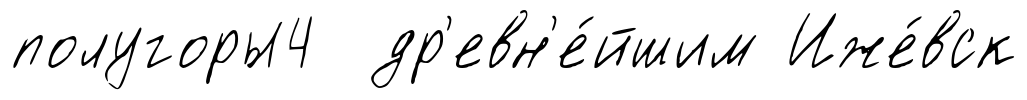
полугоры4 др'евн'е́йшим Иже́вск